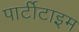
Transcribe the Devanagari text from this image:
पार्टीटाइम